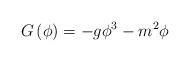
LaTeX: \begin{align*}G\left(\phi\right)=-g\phi^3-m^2\phi\end{align*}